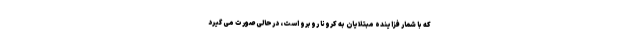
که با شمار فزاینده مبتلایان به کرونا روبرو است، درحالی صورت می گیرد